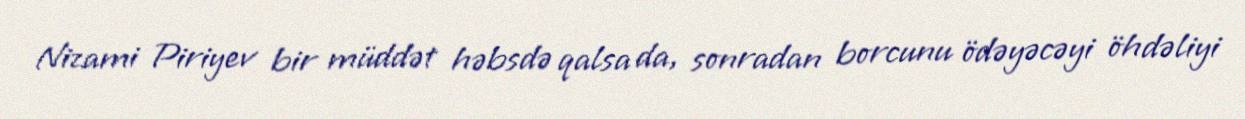
Nizami Piriyev bir müddət həbsdə qalsa da, sonradan borcunu ödəyəcəyi öhdəliyi